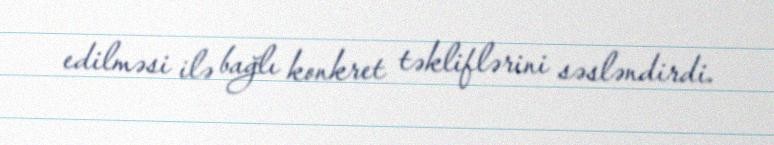
edilməsi ilə bağlı konkret təkliflərini səsləndirdi.